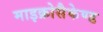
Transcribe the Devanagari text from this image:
माइक्रोसैकेण्ड